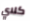
كلاي